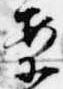
案